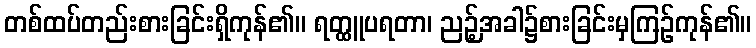
တစ်ထပ်တည်းစားခြင်းရှိကုန်၏။ ရတ္ထူပရတာ၊ ညဉ့်အခါ၌စားခြင်းမှကြဉ်ကုန်၏။